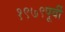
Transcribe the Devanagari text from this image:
१९७९पूर्वी